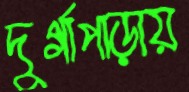
দুর্গাপাড়ায়